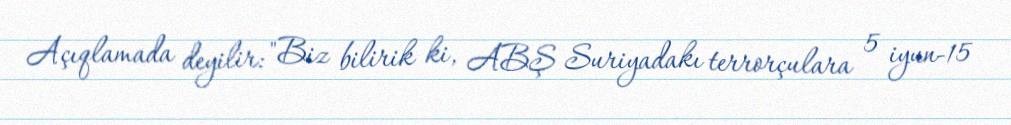
Açıqlamada deyilir: "Biz bilirik ki, ABŞ Suriyadakı terrorçulara 5 iyun-15